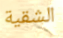
الشقية